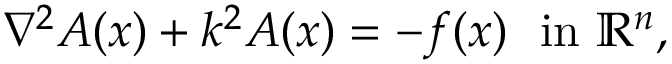
\nabla ^ { 2 } A ( x ) + k ^ { 2 } A ( x ) = - f ( x ) \ { \mathrm { ~ i n ~ } } \mathbb { R } ^ { n } ,